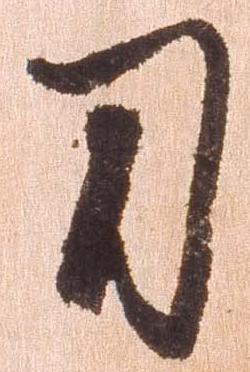
刀